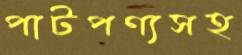
পাটপণ্যসহ